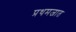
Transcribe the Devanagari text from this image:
प्रथमजात